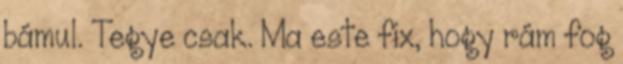
bámul. Tegye csak. Ma este fix, hogy rám fog